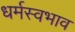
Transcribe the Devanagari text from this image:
धर्मस्वभाव